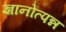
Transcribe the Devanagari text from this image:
ज्ञानोत्पन्न